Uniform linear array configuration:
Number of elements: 48
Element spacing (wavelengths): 0.5
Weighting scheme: cosine
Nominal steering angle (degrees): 60
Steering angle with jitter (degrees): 61.867
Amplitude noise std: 0.05
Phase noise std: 0.05

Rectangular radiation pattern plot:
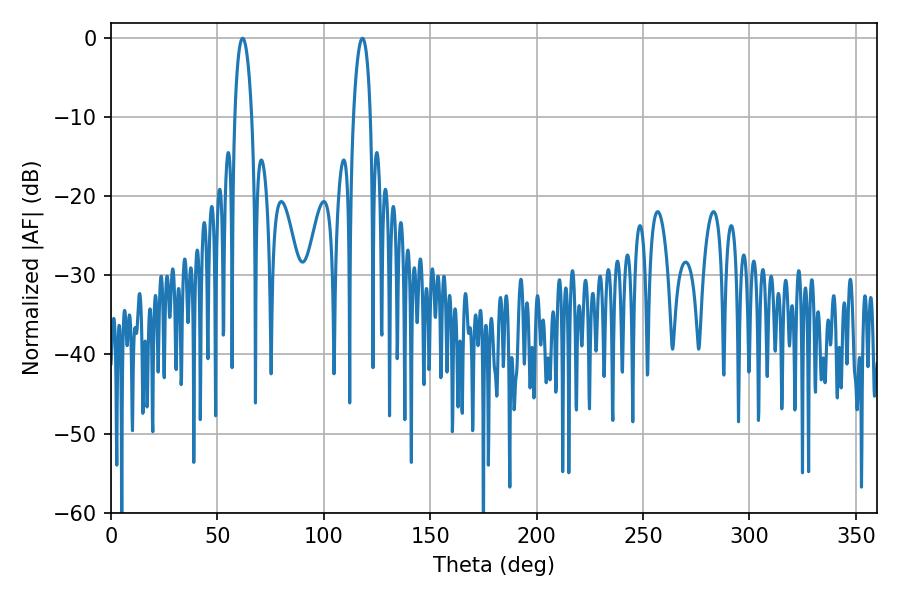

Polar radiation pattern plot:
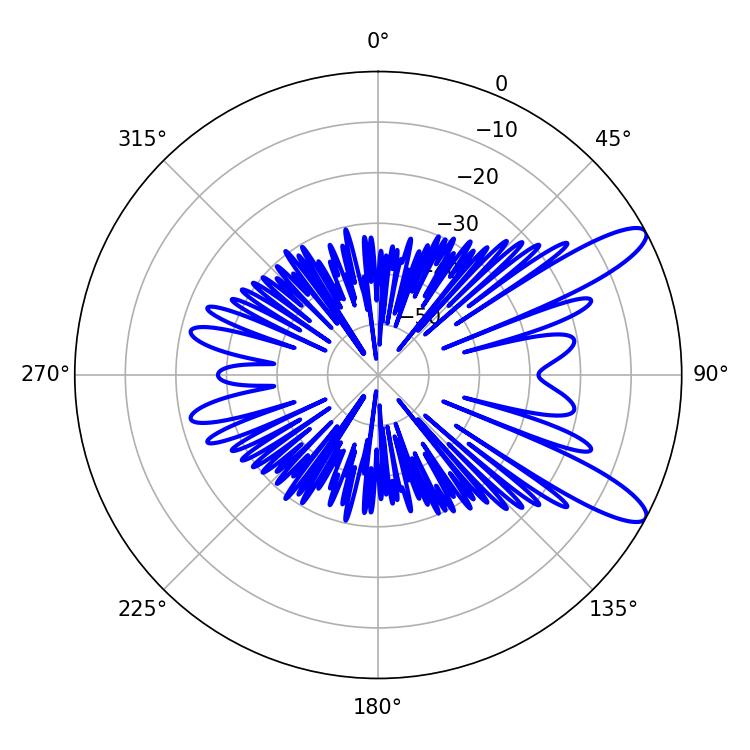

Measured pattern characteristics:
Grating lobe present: FALSE
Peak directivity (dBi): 11.109
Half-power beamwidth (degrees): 4.5
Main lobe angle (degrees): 61.92